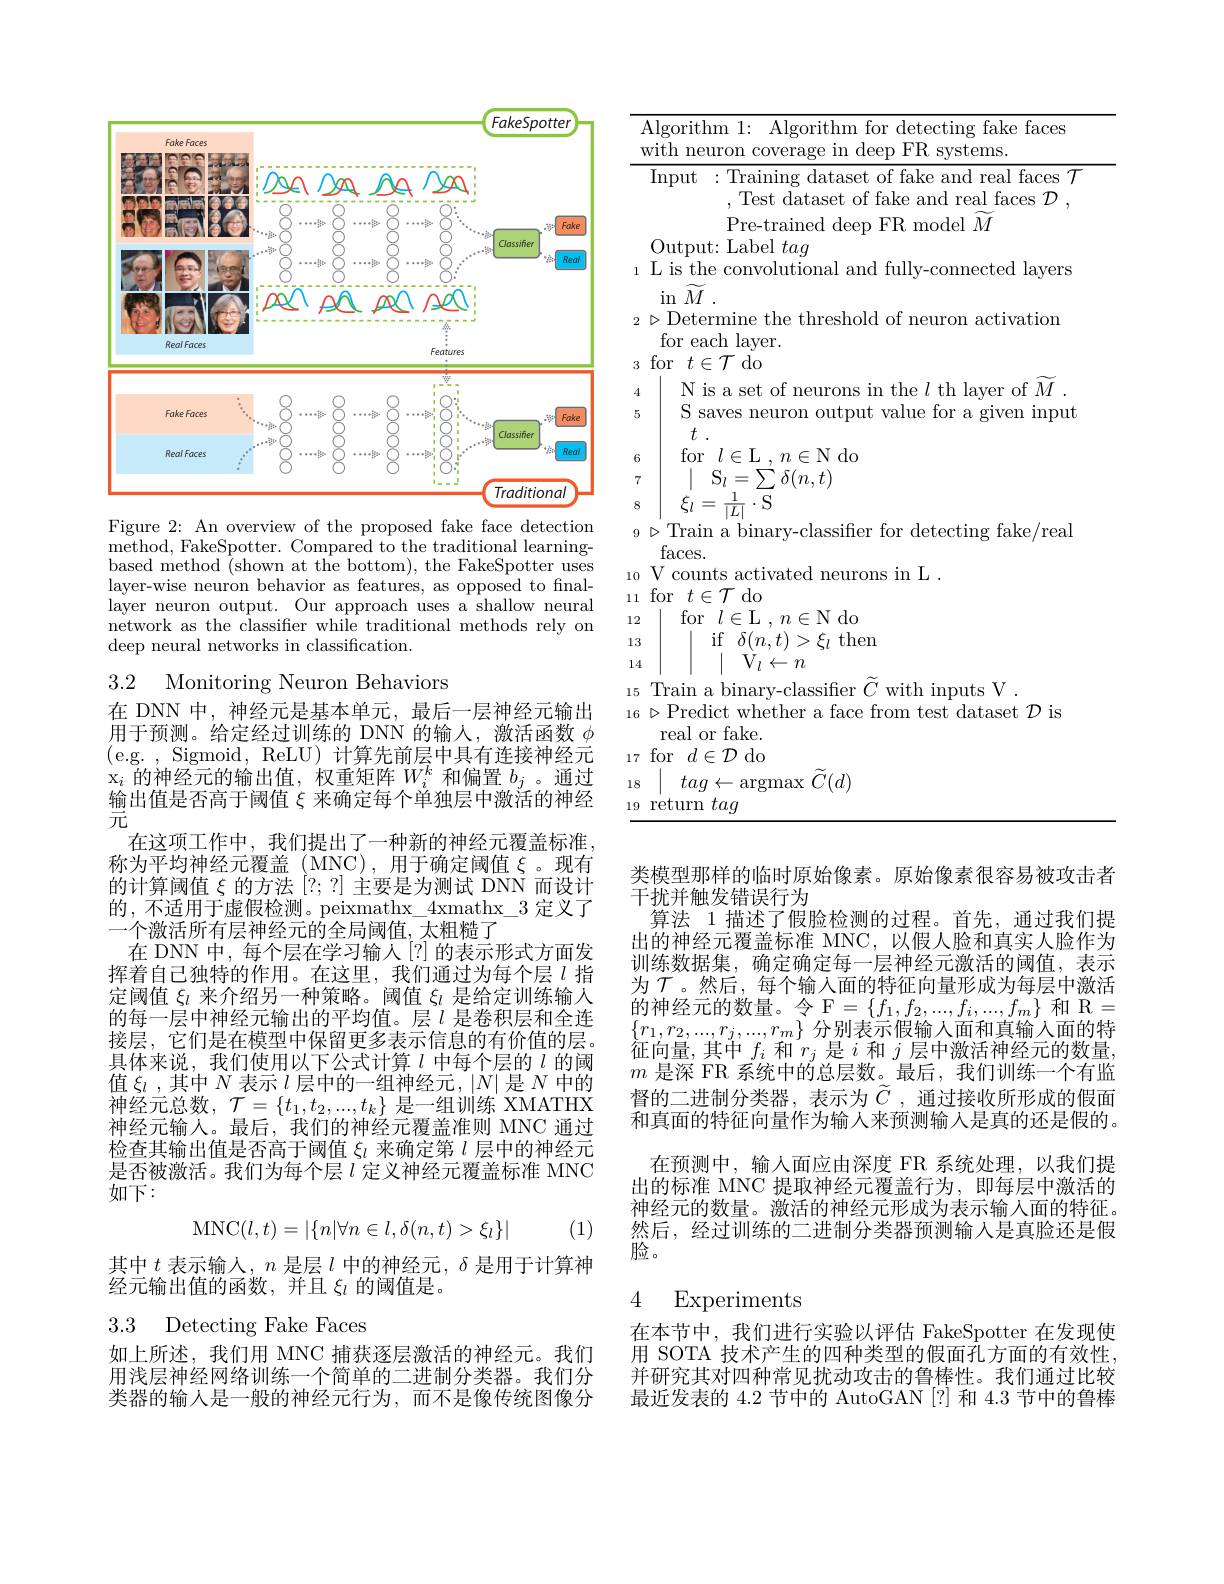
<FigureHere>
Figure 2: An overview of the proposed fake face detection

method, FakeSpotter. Compared to the traditional learning- based method (shown at the bottom), the FakeSpotter uses layer-wise neuron behavior as features, as opposed to finallayer neuron output. Our approach uses a shallow neural network as the classifier while traditional methods rely on deep neural networks in classification.

3.2 Monitoring Neuron Behaviors

在 DNN 中，神经元是基本单元，最后一层神经元输出用于预测。给定经过训练的 DNN 的输人，激活函数$\phi$ (e.g. , Sigmoid, ReLU) 计算先前层中具有连接神经元$\mathrm{x}_i$的神经元的输出值，权重矩阵$W_i^k$和偏置$b_j$ 。通过输出值是否高于阈值$\xi$来确定每个单独层中激活的神经元
在这项工作中，我们提出了一种新的神经元覆盖标准。称为平均神经元覆盖(MNC),用于确定阈值$\xi$。现有的计算阈值$\xi$的方法[?;?]主要是为测试 DNN 而设计的，不适用于虚假检测。peixmathx\_4xmathx\_3 定义了一个激活所有层神经元的全局阈值，太粗糙了
在 DNN 中，每个层在学习输人[?] 的表示形式方面发挥着自己独特的作用。在这里，我们通过为每个层$l$指定阈值$\xi_l$来介绍另一种策略。阈值$\xi_l$是给定训练输人的每一层中神经元输出的平均值。层$l$是卷积层和全连接层，它们是在模型中保留更多表示信息的有价值的层。具体来说，我们使用以下公式计算$l$中每个层的$l$的阈值$\xi_l$ ,其中$N$表示$l$层中的一组神经元，$|N|$是$N$中的神经元总数，$\mathcal{T}=\{t_1,t_2,...,t_k\}$是一组训练 XMATHX 神经元输人。最后，我们的神经元覆盖准则 MNC 通过检查其输出值是否高于阈值$\xi_l$来确定第$l$层中的神经元是否被激活。我们为每个层$l$定义神经元覆盖标准 MNC 如下：
$$\mathrm{MNC}(l,t)=|\{n|\forall n\in l,\delta(n,t)>\xi_l\}|$$
(1)

其中$t$表示输入，$n$是层$l$中的神经元，$\delta$是用于计算神
经元输出值的函数，并且$\xi_l$的阈值是。

3.3 Detecting Fake Faces

如上所述，我们用 MNC 捕获逐层激活的神经元。我们用浅层神经网络训练一个简单的二进制分类器。我们分类器的输入是一般的神经元行为，而不是像传统图像分

Algorithm 1: Algorithm for detecting fake faces
with neuron coverage in deep FR systems.
Input :Training dataset of fake and real faces $\mathcal{T}$
, Test dataset of fake and real faces $\mathcal{D}$,
Pre-trained deep FR model $\widetilde M$
Output: Label tag
$_{1}$ L is the convolutional and fully-connected layers
in$\widetilde M$
$_2\triangleright$Determine the threshold of neuron activation
for each layer. $_3$ for $t\in\mathcal{T}$ do
N is a set of neurons in the $l$ th layer of $\widetilde M$
45
S saves neuron output value for a given input
$t$ .
for$l\in$L$,n\in$Ndo
7
$S_{l}=\sum_{-}^{'}\delta(n,t)$
$\xi_{l}=\frac{1}{|L|}\cdot\overline{\mathrm{S}}$
$9\triangleright$Train a binary-classifier for detecting fake/real
faces.
$_{10}$ V counts activated neurons in L .
11 for$t\in\mathcal{T}$do
for $l\in$L $,n\in$N do
1213
$\begin{array}{cc}\mathrm{if}&\delta(n,t)>\xi_l\mathrm{~then}\\|&\mathrm{V}_l\leftarrow n\end{array}$
14
$_{15}$ Train a binary-classifier $\widetilde C$ with inputs V
$_{16}\triangleright$Predict whether a face from test dataset $\mathcal{D}$ is
real or fake. 17 for $d\in\mathcal{D}$ do 18
$tag\leftarrow$argmax $\widetilde C(d)$
19 return tag

类模型那样的临时原始像素。原始像素很容易被攻击者
干扰并触发错误行为
算法 1 描述了假脸检测的过程。首先，通过我们提出的神经元覆盖标准 MNC,以假人脸和真实人脸作为训练数据集，确定确定每一层神经元激活的阈值，表示为$\mathcal{T}$。然后，每个输入面的特征向量形成为每层中激活的神经元的数量。令$\mathcal{F}=\{f_1,f_2,...,f_i,...,f_m\}$和 R= $\{r_{1},r_{2},...,r_{j},...,r_{m}\}$分别表示假输入面和真输入面的特征向量，其中$f_i$和$r_j$是$i$和$j$层中激活神经元的数量， $m$是深 FR 系统中的总层数。最后，我们训练一个有监督的二进制分类器，表示为$\widetilde{C}$ ,通过接收所形成的假面和真面的特征向量作为输人来预测输入是真的还是假的。
在预测中，输入面应由深度 FR 系统处理，以我们提出的标准 MNC 提取神经元覆盖行为，即每层中激活的神经元的数量。激活的神经元形成为表示输入面的特征。然后，经过训练的二进制分类器预测输入是真脸还是假脸。

## 4 Experiments

在本节中，我们进行实验以评估 FakeSpotter 在发现使用 SOTA 技术产生的四种类型的假面孔方面的有效性并研究其对四种常见扰动攻击的鲁棒性。我们通过比较最近发表的 4.2 节中的 AutoGAN [?] 和 4.3 节中的鲁棒